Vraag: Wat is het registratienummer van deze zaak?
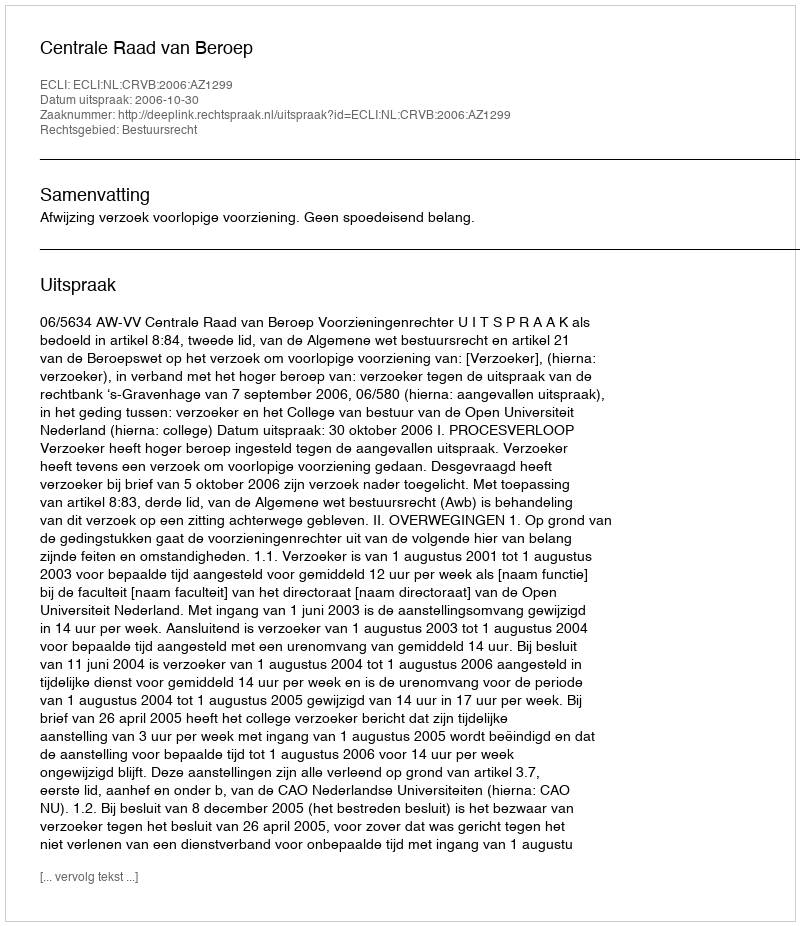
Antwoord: http://deeplink.rechtspraak.nl/uitspraak?id=ECLI:NL:CRVB:2006:AZ1299